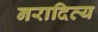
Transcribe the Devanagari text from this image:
नरादित्य